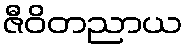
ဇီဝိတညာယ